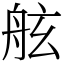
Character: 舷